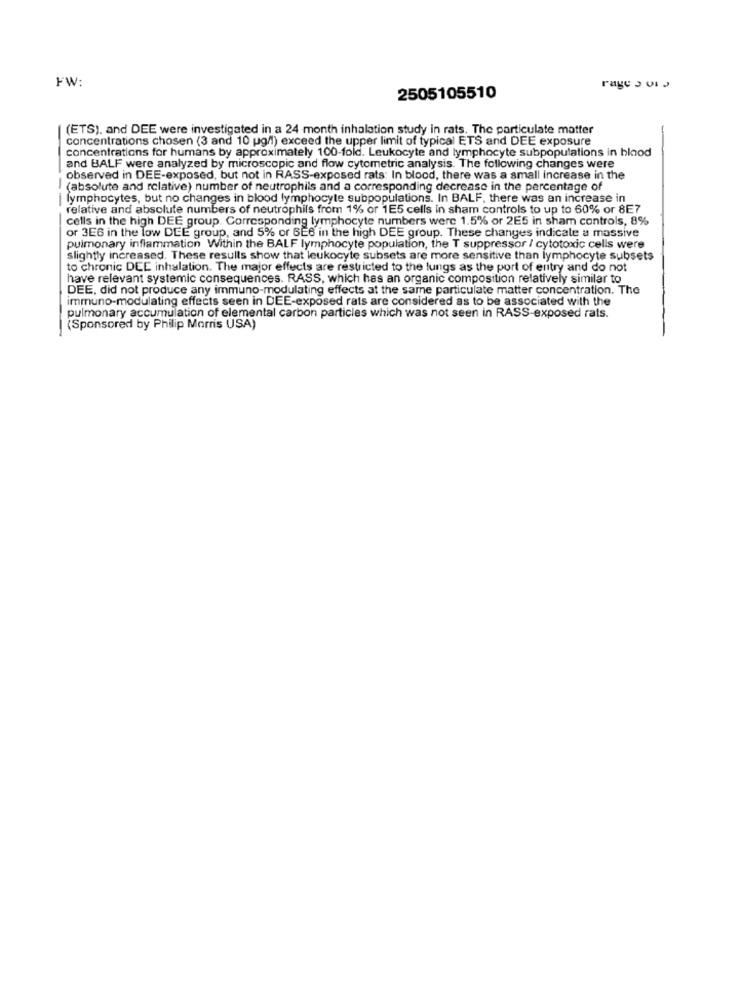
FW:
rage 5 vi J
2505105510
(ETS), and DEE were investigated in a 24 month inhalation study in rats. The particulate matter
concentrations chosen (3 and 10 g/l) exceed the upper limit of typical ETS and DEE exposure
concentrations for humans by approximately 100-fold. Leukocyte and lymphocyte subpopulations in blood
and BALF were analyzed by microscopic and flow cytometric analysis. The following changes were
observed in DEE-exposed, but not in RASS-exposed rats: In blood, there was a small increase in the
(absolute and relative) number of neutrophils and a corresponding decrease in the percentage of
lymphocytes, but no changes in blood lymphocyte subpopulations. In BALF, there was an increase in
-
relative and absolute numbers of neutrophils from 1% or 1E5 cells in sham controls to up to 60% or 8E7
cells in the high DEE group. Corresponding lymphocyte numbers were 1.5% or 2E5 in sham controls, 8%
or 3EG in the low DEE group, and 5% or 6E6 in the high DEE group. These changes indicate a massive
pulmonary inflammation Within the BALF lymphocyte population, the T suppressor / cytotoxic cells were
slightly increased. These results show that leukocyte subsets are more sensitive than lymphocyte subsets
to chronic DEE inhalation. The major effects are restricted to the lungs as the port of entry and do not
have relevant systemic consequences. RASS, which has an organic composition relatively similar to
DEE, did not produce any immuno-modulating effects at the same particulate matter concentration. The
immuno-modulating effects seen in DEE-exposed rats are considered as to be associated with the
pulmonary accumulation of elemental carbon particles which was not seen in RASS-exposed rats.
(Sponsored by Philip Morris USA)